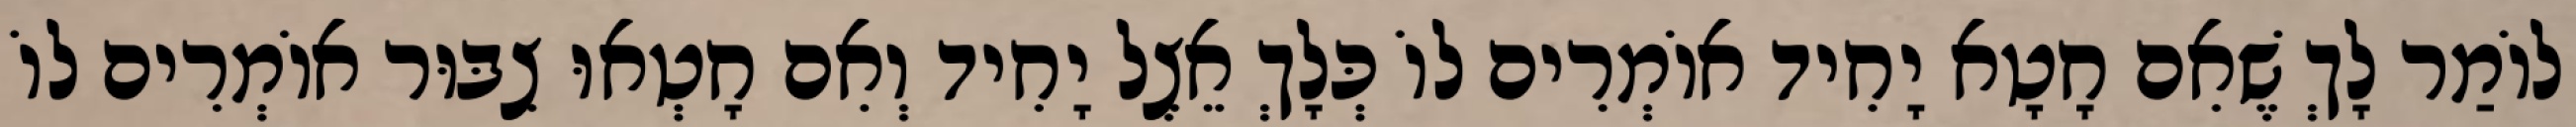
לוֹמַר לָךְ שֶׁאִם חָטָא יָחִיד אוֹמְרִים לוֹ כְּלָךְ אֵצֶל יָחִיד וְאִם חָטְאוּ צִבּוּר אוֹמְרִים לוֹ